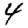
Digit: 4